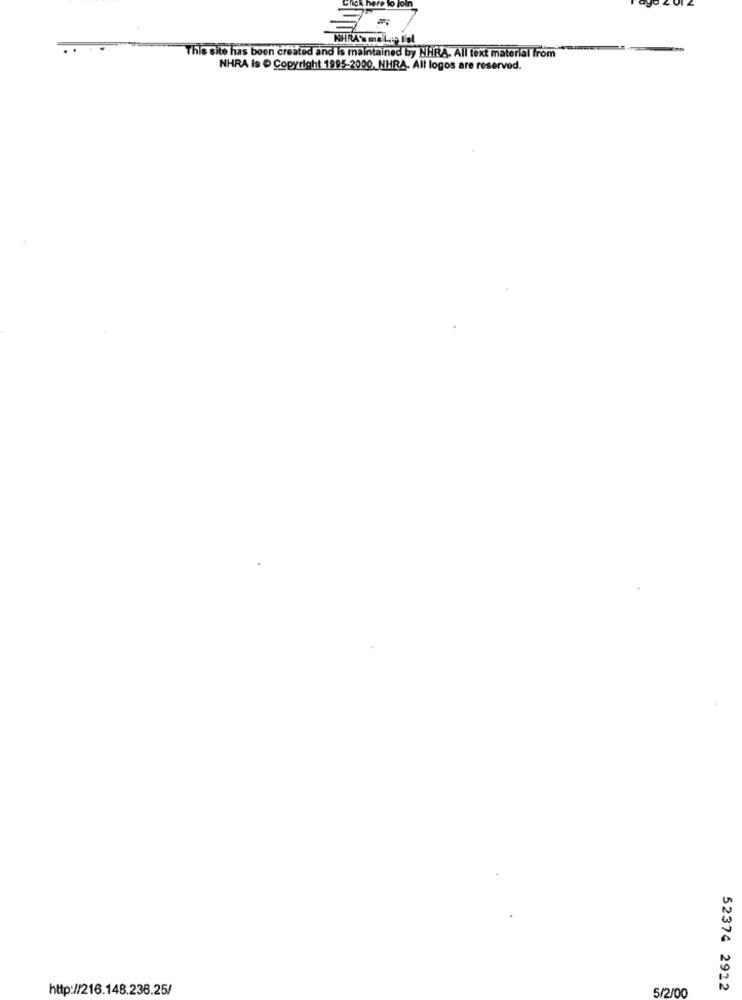
Click here to join
This site has been created and Is maintained by NHRA. All text material from
NHRA Is @ Copyright 1995-2000, NHRA. All logos are reserved.
http://216.148.236.25/
5/2/00
52374 2912